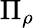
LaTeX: \Pi_{\rho}